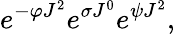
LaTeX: e^{-\varphi J^{2}}e^{\sigma J^{0}}e^{\psi J^{2}},